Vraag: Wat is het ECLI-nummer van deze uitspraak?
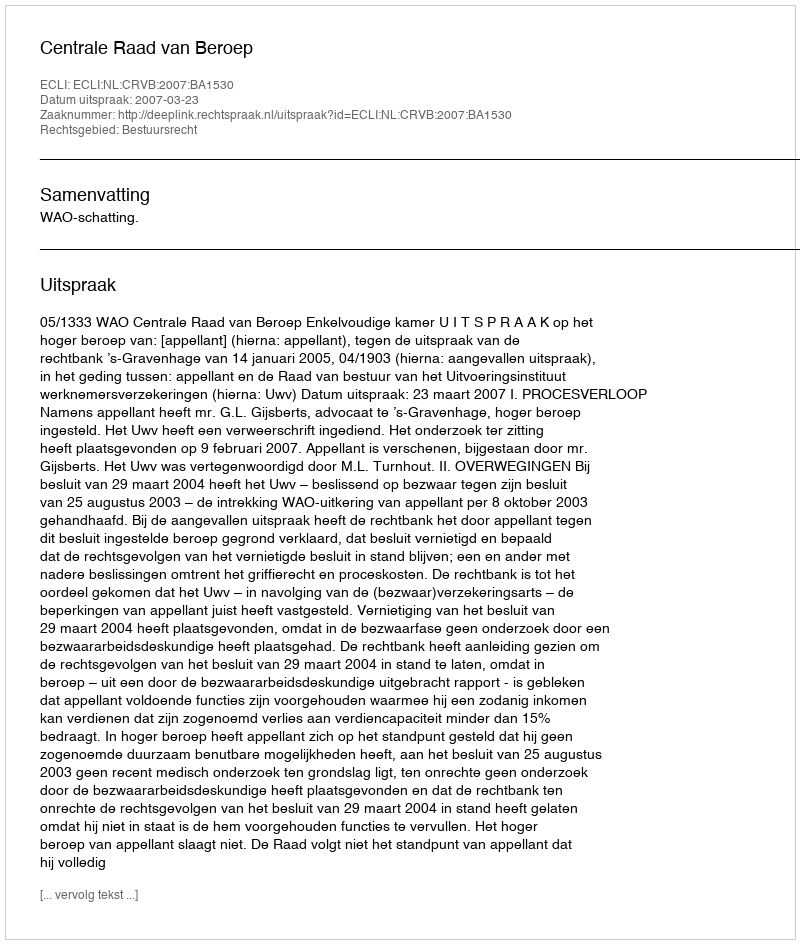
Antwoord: ECLI:NL:CRVB:2007:BA1530